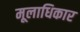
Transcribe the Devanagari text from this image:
मूलाधिकार